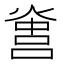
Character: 𤌻